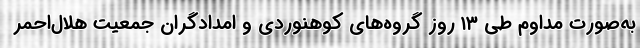
به‌صورت مداوم طی ۱۳ روز گروه‌های کوهنوردی و امدادگران جمعیت هلال‌احمر